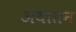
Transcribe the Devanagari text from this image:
अयातन